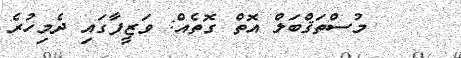
މުސްތަޤްބަލް އޮތް ގޮތެއް: ވަޒީފާގައި ދެމިހުރެ